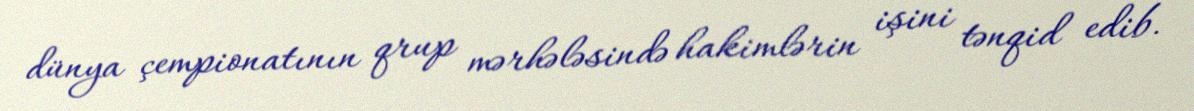
dünya çempionatının qrup mərhələsində hakimlərin işini tənqid edib.